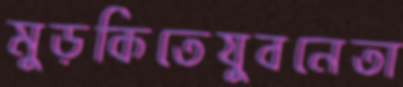
মুড়কিতেযুবনেতা